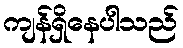
ကျန်ရှိနေပါသည်